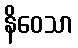
နိဝေသာ